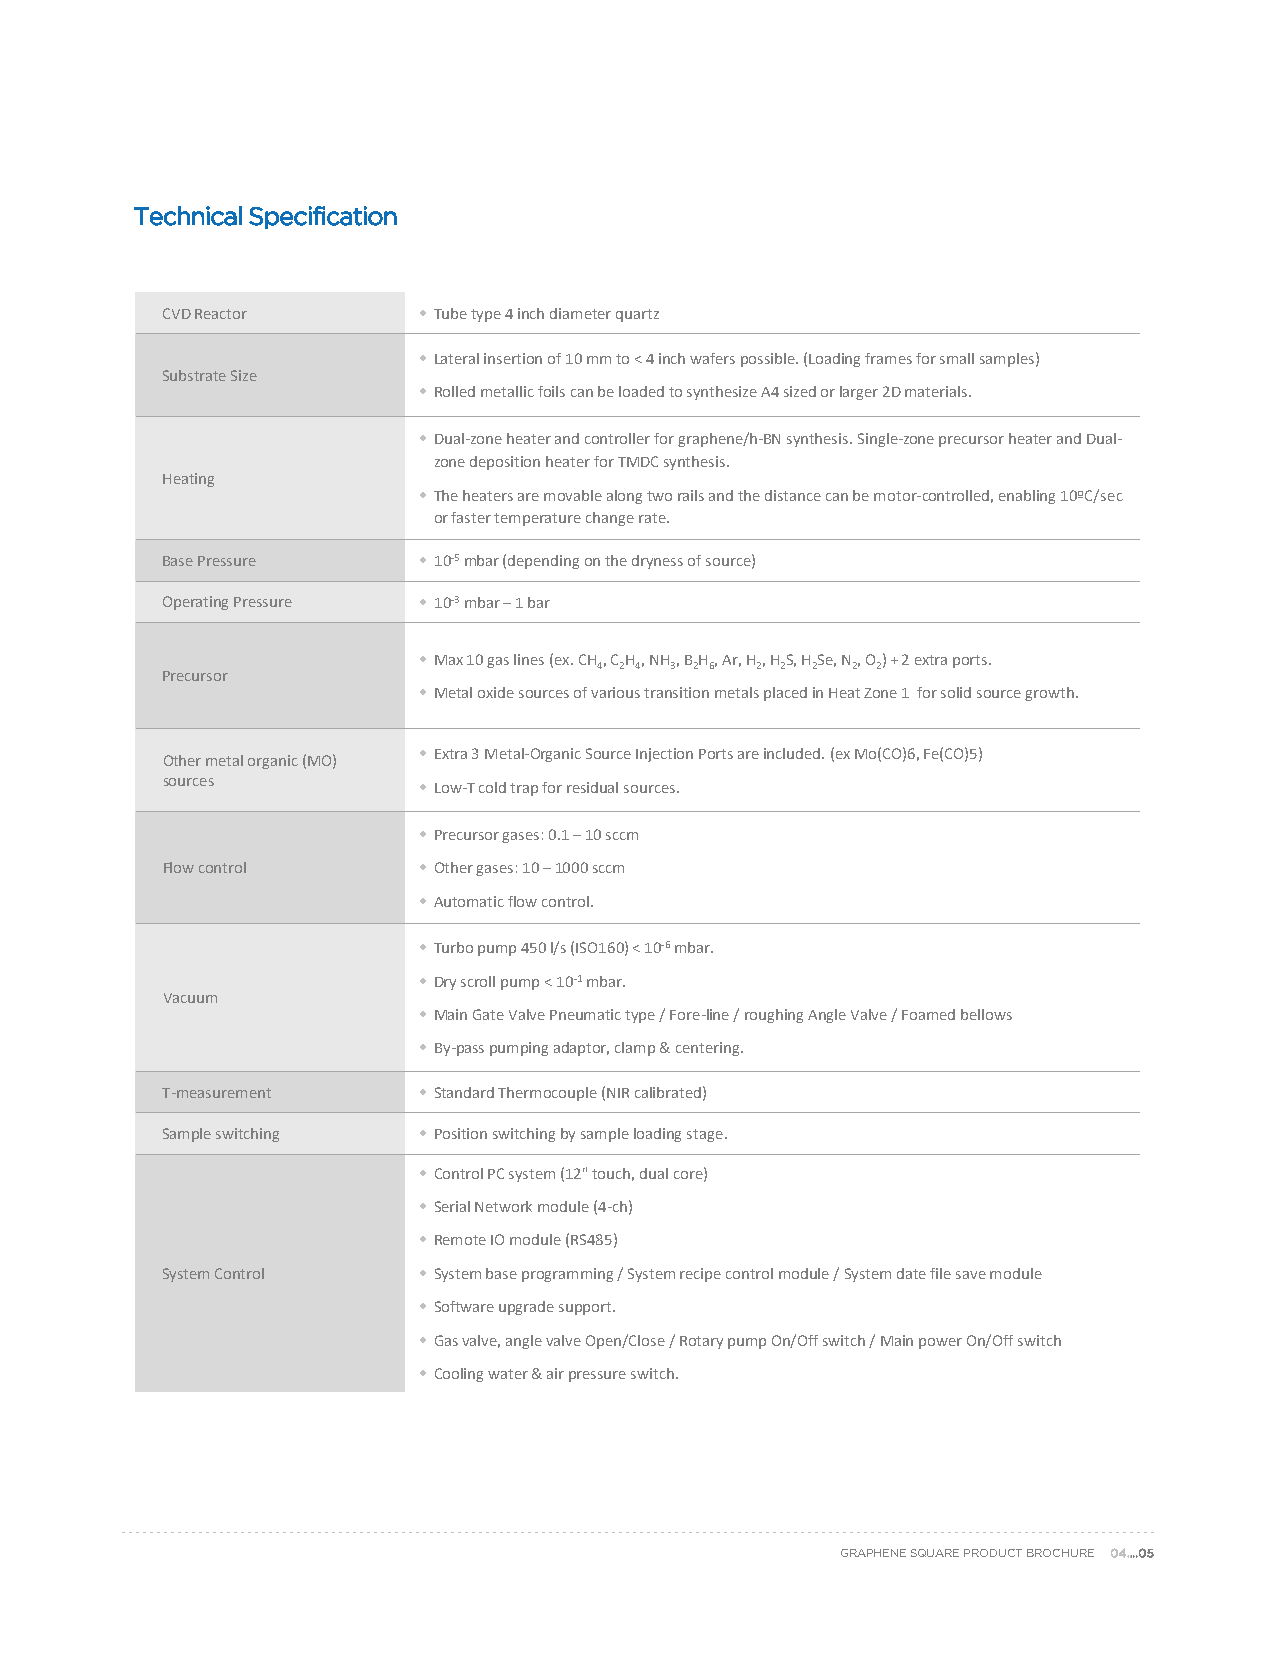
Technical Specification
 CVDReactor       • Tube type 4 inch diameter quartz
 • Lateral insertion of 10 mm to < 4 inch wafers possible. (Loading frames for small samples)
 Substrate Size
 • Rolled metallic foils can be loaded to synthesize A4 sized or larger 2D materials.
 • Dual-zone heater and controller for graphene/h-BN synthesis. Single-zone precursor heater and Dual-
 zone deposition heater for TMDC synthesis.
 Heating
 • The heaters are movable along two rails and the distance can be motor-controlled, enabling 10ºC/sec
 or faster temperature change rate.
 Base Pressure    • 10-5mbar (depending on the dryness of source)
 Operating Pressure • 10-3mbar –1 bar
 • Max 10 gas lines (ex. CH, CH, NH, BH, Ar, H, HS, HSe, N, O) + 2 extra ports.
 4 2 4 3 2 6 2 2 2 2 2
 Precursor
 • Metal oxide sources of various transition metals placed in Heat Zone 1 for solid source growth.
 Other metal organic (MO) • Extra 3 Metal-Organic Source Injection Ports are included. (ex Mo(CO)6, Fe(CO)5)
 sources
 • Low-T cold trap for residual sources.
 • Precursor gases: 0.1 –10 sccm
 Flow control     • Other gases: 10 –1000 sccm
 • Automatic flow control.
 • Turbo pump 450 l/s (ISO160) < 10-6mbar.
 • Dry scroll pump < 10-1mbar.
 Vacuum
 • Main Gate Valve Pneumatic type / Fore-line / roughing Angle Valve / Foamed bellows
 • By-pass pumping adaptor, clamp & centering.
 T-measurement    • Standard Thermocouple (NIR calibrated)
 Sample switching • Position switching by sample loading stage.
 • Control PC system (12" touch, dual core)
 • Serial Network module (4-ch)
 • Remote IO module (RS485)
 System Control   • System base programming / System recipe control module / System date file save module
 • Software upgrade support.
 • Gas valve, angle valve Open/Close / Rotary pump On/Off switch / Main power On/Off switch
 *Price willbedetermined after consultation•. (DCoiffoelrinengt w cuastetorm &i zaaitri opnre fsrosumr et hsew itch.
 standard parts will affect the overall price.)
 GRAPHENE SQUARE PRODUCT BROCHURE 04….05